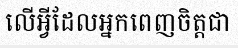
លើអ្វីដែលអ្នកពេញចិត្តជា